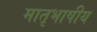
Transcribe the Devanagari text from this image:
मातृभाषीय